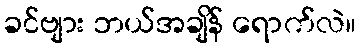
ခင်ဗျား ဘယ်အချိန် ရောက်လဲ။